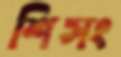
শিসং